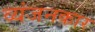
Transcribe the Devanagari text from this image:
व्यंजनकार